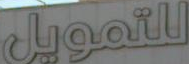
للتمويل